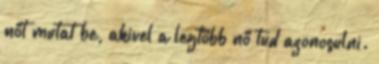
nőt mutat be, akivel a legtöbb nő tud azonosulni.